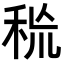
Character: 𥞙